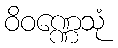
ဝိဝဏ္ဏေသုံ